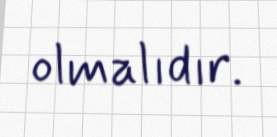
olmalıdır.